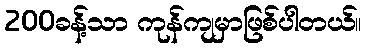
200ခန့်သာ ကုန်ကျမှာဖြစ်ပါတယ်။